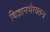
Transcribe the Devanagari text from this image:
विज्ञानभैरवतन्त्र